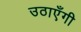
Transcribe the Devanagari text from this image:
उठाएँगी